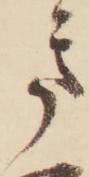
き